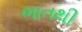
ભાતથી